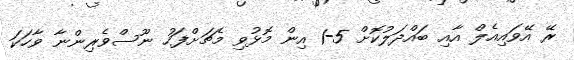
ރޭ އޭވައިއެލް އާއި ބައްދަލުކޮށް 5-1 އިން މޮޅުވި މެޗަށްފަހު ނޫސްވެރިންނާ ވާހަކަ